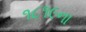
૧૮૧૯ના